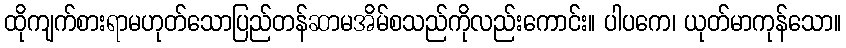
ထိုကျက်စားရာမဟုတ်သောပြည်တန်ဆာမအိမ်စသည်ကိုလည်းကောင်း။ ပါပကေ၊ ယုတ်မာကုန်သော။